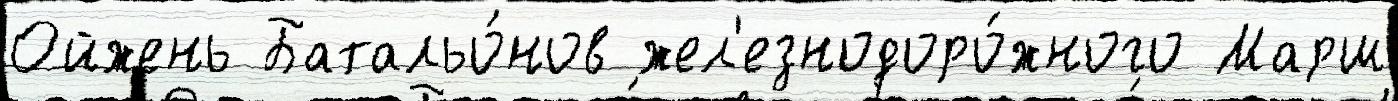
Ойжень Батальо́нов жел'езнодоро́жного Марш